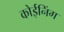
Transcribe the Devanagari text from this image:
कोईनिंग